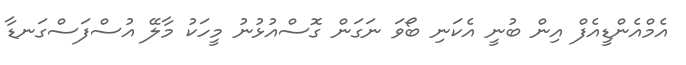
އެމްއެންޑީއެފް އިން ބުނީ އެކަނި ބޯވަ ނަގަން ގޮސްއުޅުނު މީހަކު މާލޭ އުސްފަސްގަނޑާ